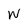
Character: w